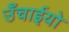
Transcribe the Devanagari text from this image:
उँचाईयो